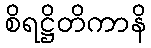
စိရဋ္ဌိတိကာနိ